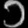
Digit: ၁